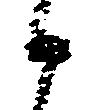
候